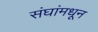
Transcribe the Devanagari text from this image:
संघांमधून